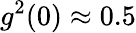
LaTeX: g^{2}(0)\approx 0.5